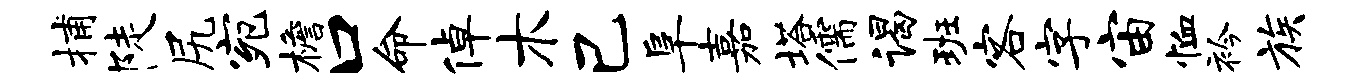
捕陡尻宛檐口命倬木己阜嘉塔儒谒班客字宙恤衿族